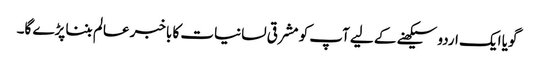
گویا ایک اردو سیکھنے کے لیے آپ کو مشرقی لسانیات کا باخبر عالم بننا پڑے گا۔